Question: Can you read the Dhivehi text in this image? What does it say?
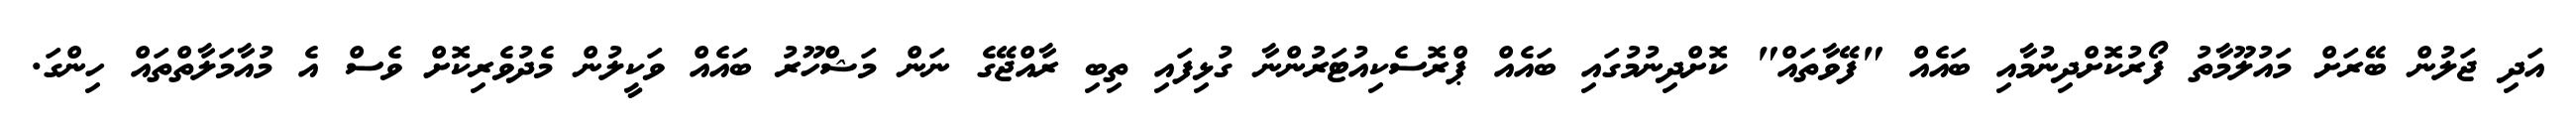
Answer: އަދި ޖަލުން ބޭރަށް މައުލޫމާތު ފޯރުކޮށްދިނުމާއި ބައެއް "ފޭވާތައް" ކޮށްދިނުމުގައި ބައެއް ޕްރޮސެކިއުޓަރުންނާ ގުޅިފައި ތިބި ރާއްޖޭގެ ނަން މަޝްހޫރު ބައެއް ވަކީލުން މެދުވެރިކޮށް ވެސް އެ މުއާމަލާތްތައް ހިންގަ.